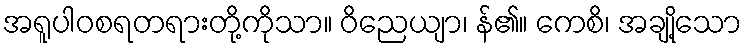
အရူပါဝစရတရားတို့ကိုသာ။ ဝိညေယျာ၊ န်၏။ ကေစိ၊ အချို့သော